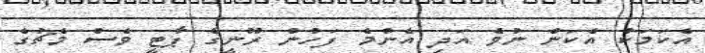
އެކަމަކު އެކަން ނުވެ އަދި އެންމެ ފަހުން ރޫނީގެ ޕާޓީ ވެސް މެޗުގެ